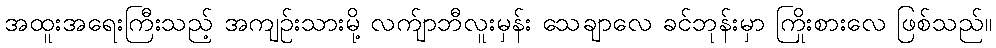
အထူးအရေးကြီးသည့် အကျဉ်းသားမို့ လက်ျာဘီလူးမှန်း သေချာလေ ခင်ဘုန်းမှာ ကြိုးစားလေ ဖြစ်သည်။